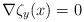
LaTeX: \begin{align*}\nabla \zeta_y (x) = 0\end{align*}